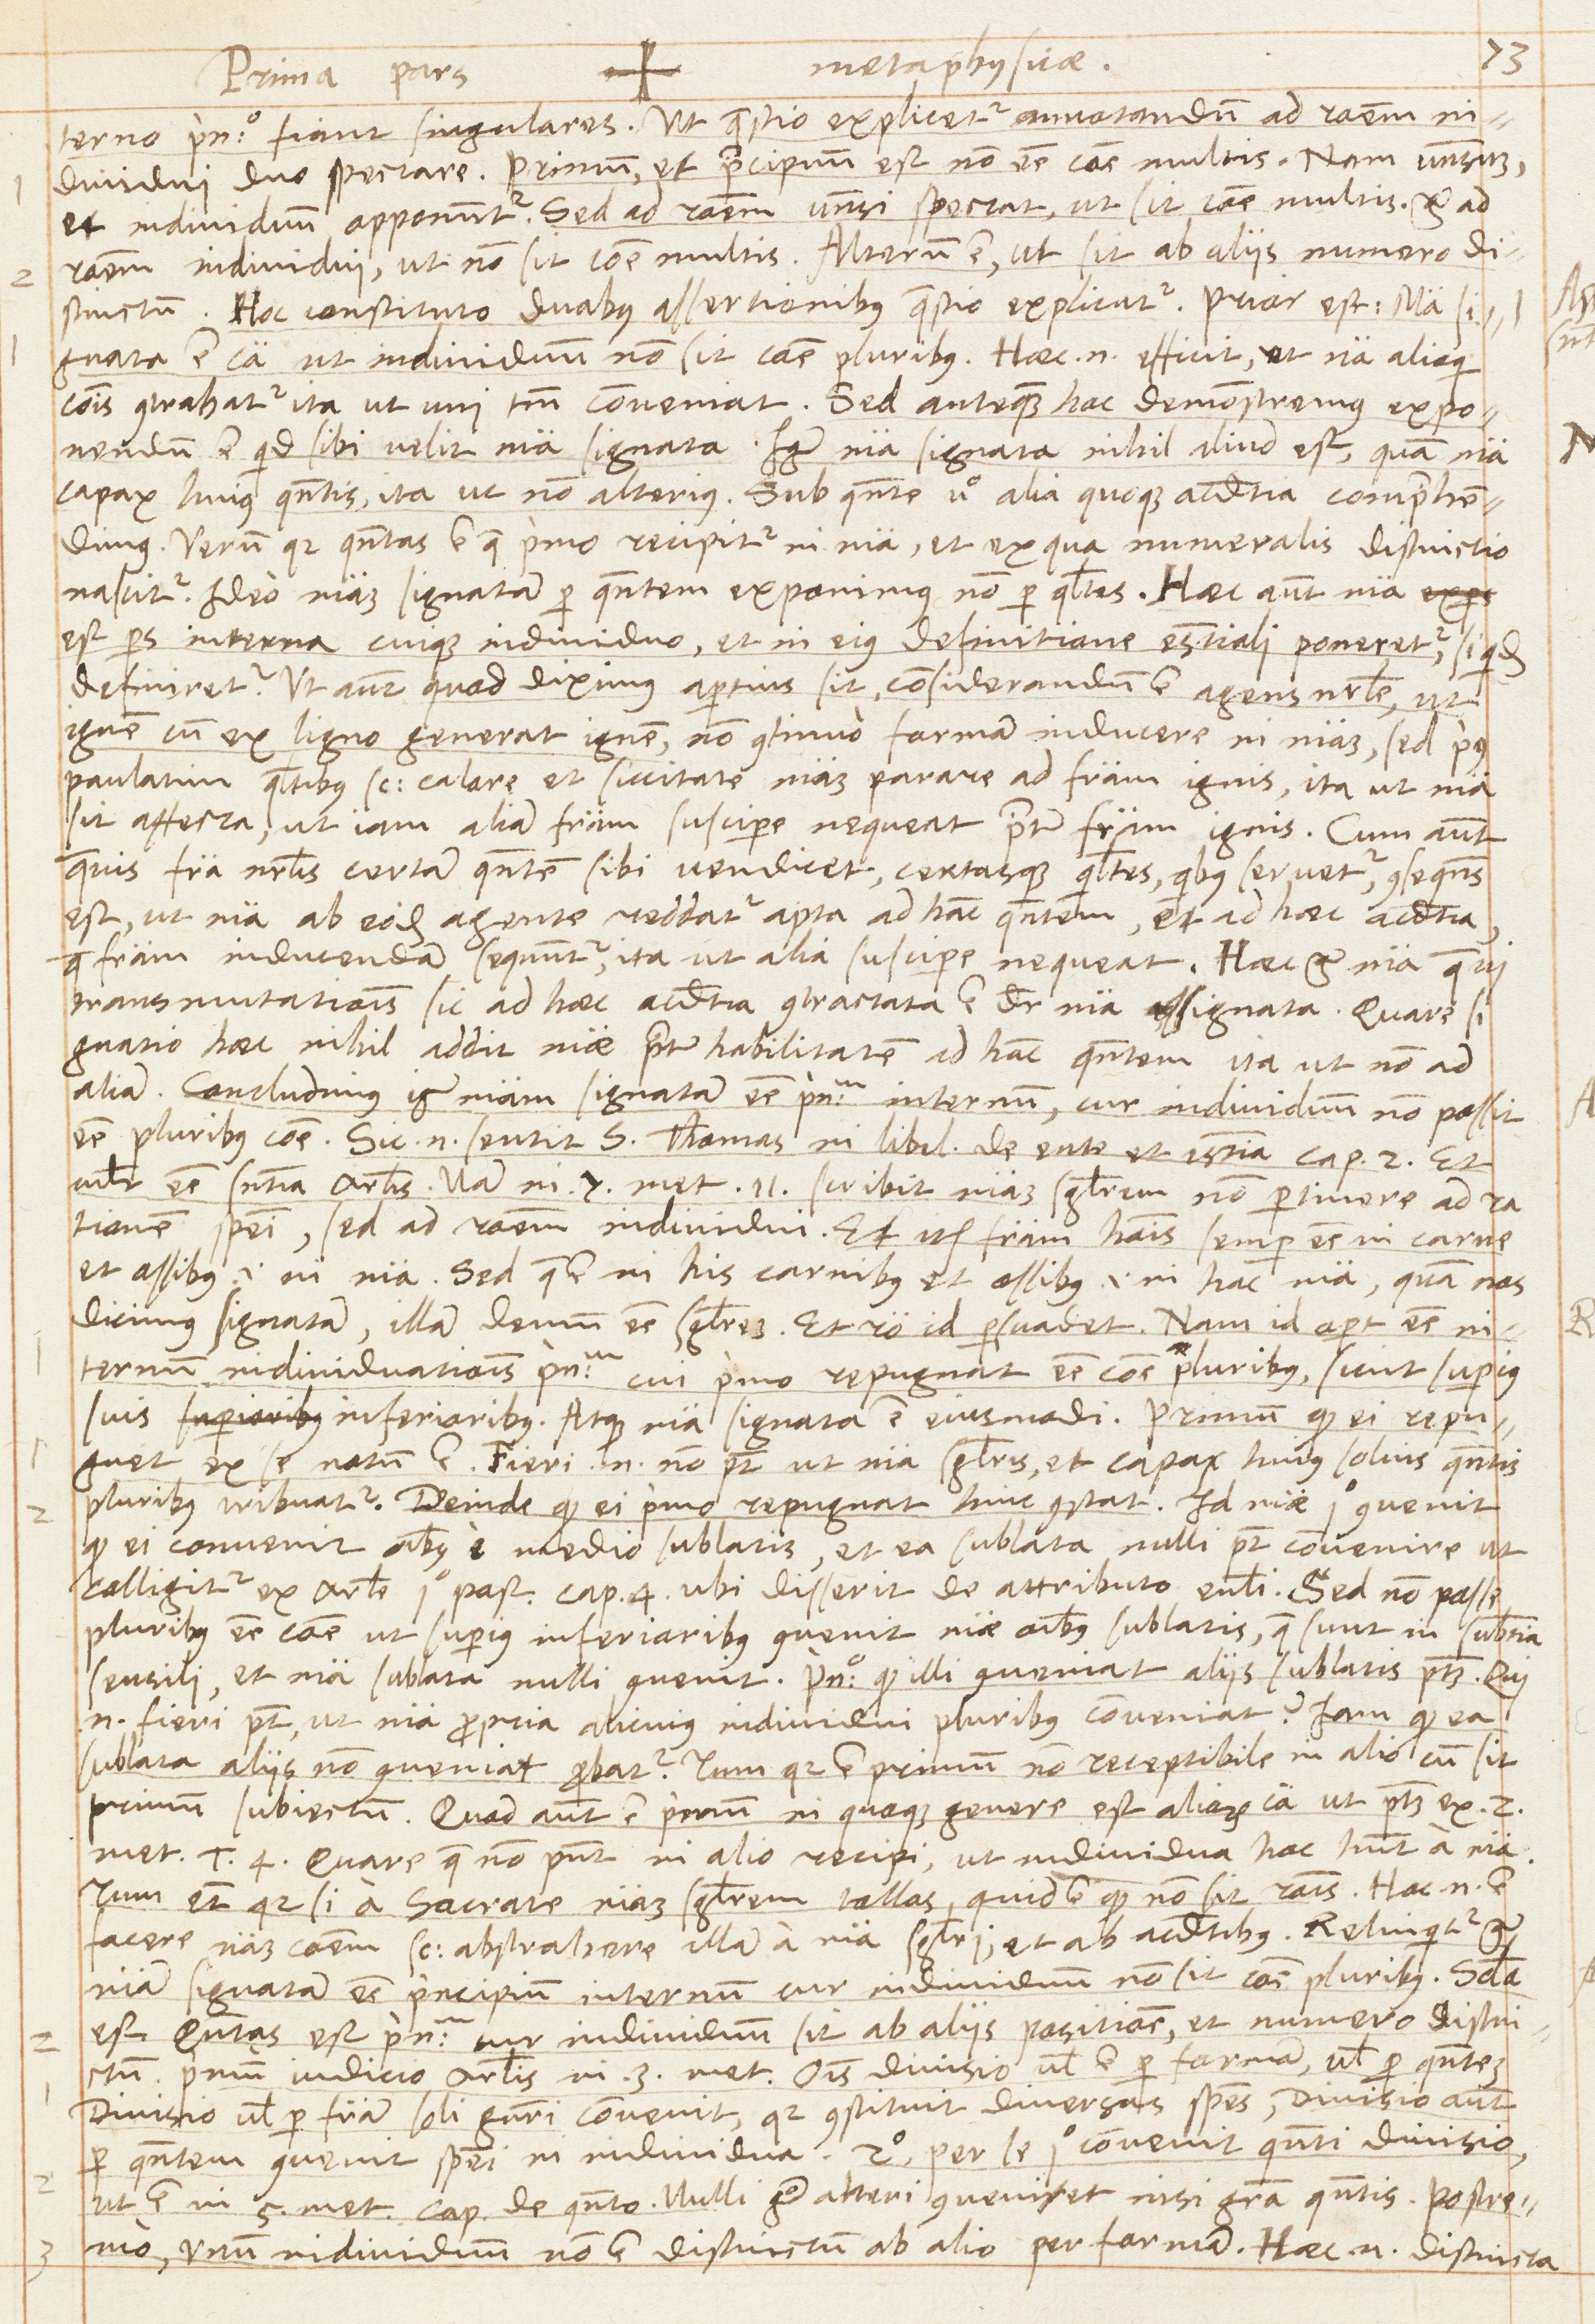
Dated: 1567–1567